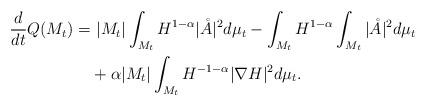
LaTeX: \begin{align*}\begin{aligned} \frac{d}{dt}Q(M_t) =& ~|M_t|\int_{M_t}H^{1-\alpha}|\mathring{A}|^2d\mu_t-\int_{M_t}H^{1-\alpha}\int_{M_t}|\mathring{A}|^2d\mu_t\\ & +\alpha|M_t|\int_{M_t}H^{-1-\alpha}|\nabla H|^2d\mu_t.\end{aligned}\end{align*}